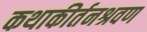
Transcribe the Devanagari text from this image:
कथाकीर्तनश्रवण